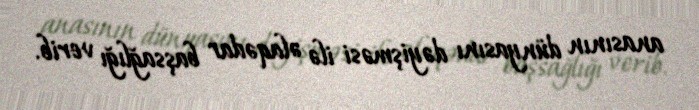
anasının dünyasını dəyişməsi ilə əlaqədar başsağlığı verib.